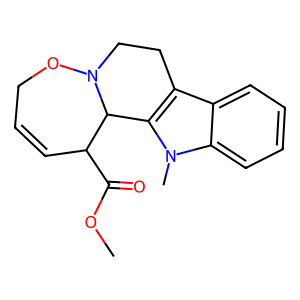
SMILES: COC(=O)C1C=CCON2CCc3c(n(C)c4ccccc34)C12
Inhibits HIV replication: No